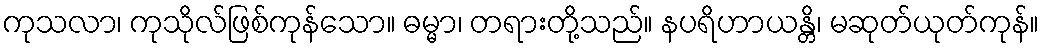
ကုသလာ၊ ကုသိုလ်ဖြစ်ကုန်သော။ ဓမ္မာ၊ တရားတို့သည်။ နပရိဟာယန္တိ၊ မဆုတ်ယုတ်ကုန်။